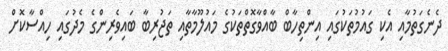
ދެނެގަތުމާއި އެކި ގައުމުތަކުގައި އިންތިހާބް ބާއްވާގޮތްތަކުގެ މައުލޫމާތާއި ތަޖުރިބާ ބައިވެރިންގެ މެދުގައި ހިއްސާކޮށް